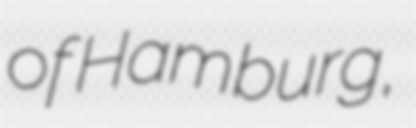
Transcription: of Hamburg,